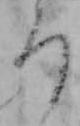
ろ